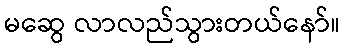
မဆွေ လာလည်သွားတယ်နော်။